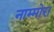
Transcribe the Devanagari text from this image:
नाम्मोरा